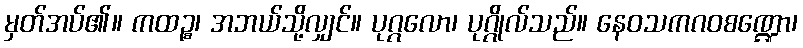
မှတ်အပ်၏။ ကထဉ္စ၊ အဘယ်သို့လျှင်။ ပုဂ္ဂလော၊ ပုဂ္ဂိုလ်သည်။ နေဝသကဂဝစဏ္ဍော၊